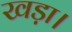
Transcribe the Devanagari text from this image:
खड़ा।